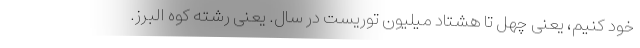
خود کنیم، یعنی چهل تا هشتاد میلیون توریست در سال. یعنی رشته کوه البرز.